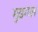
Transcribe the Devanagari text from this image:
मुडगल